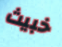
خبيث